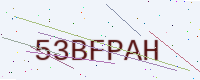
Text: 53BFPAH